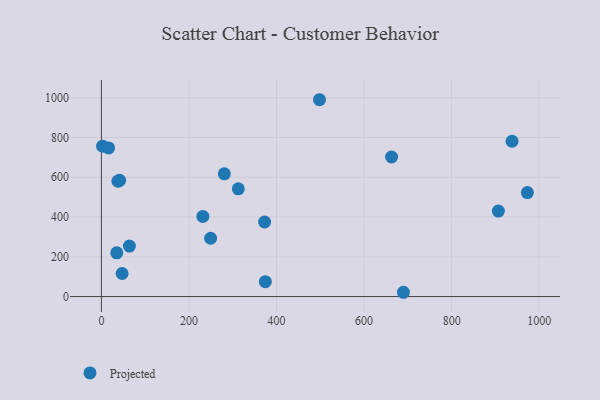
{"axis": {"x": "Engine Size", "y": "Yield"}, "legend": ["Projected"], "data": [{"x": "372.8", "y": 374.8, "type": "Projected"}, {"x": "312.7", "y": 541.6, "type": "Projected"}, {"x": "280.8", "y": 617.2, "type": "Projected"}, {"x": "938.0", "y": 781.0, "type": "Projected"}, {"x": "35.1", "y": 219.8, "type": "Projected"}, {"x": "374.5", "y": 74.9, "type": "Projected"}, {"x": "973.0", "y": 523.0, "type": "Projected"}, {"x": "64.0", "y": 253.6, "type": "Projected"}, {"x": "41.6", "y": 584.4, "type": "Projected"}, {"x": "662.8", "y": 701.7, "type": "Projected"}, {"x": "231.7", "y": 402.7, "type": "Projected"}, {"x": "47.3", "y": 116.0, "type": "Projected"}, {"x": "2.8", "y": 756.0, "type": "Projected"}, {"x": "498.1", "y": 989.8, "type": "Projected"}, {"x": "906.8", "y": 429.8, "type": "Projected"}, {"x": "249.4", "y": 293.3, "type": "Projected"}, {"x": "689.9", "y": 21.5, "type": "Projected"}, {"x": "37.8", "y": 580.3, "type": "Projected"}, {"x": "16.4", "y": 747.3, "type": "Projected"}]}